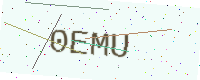
Text: 0EMU